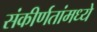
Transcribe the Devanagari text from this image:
संकीर्णतांमध्ये